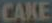
CAKE